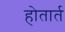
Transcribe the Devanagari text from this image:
होतार्त